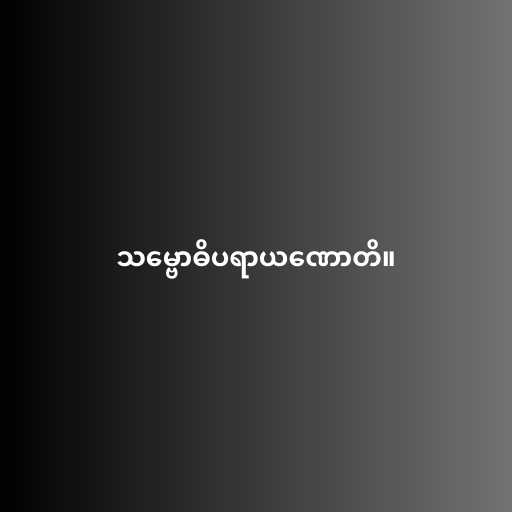
သမ္ဗောဓိပရာယဏောတိ။